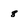
Character: 8